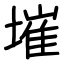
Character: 墔